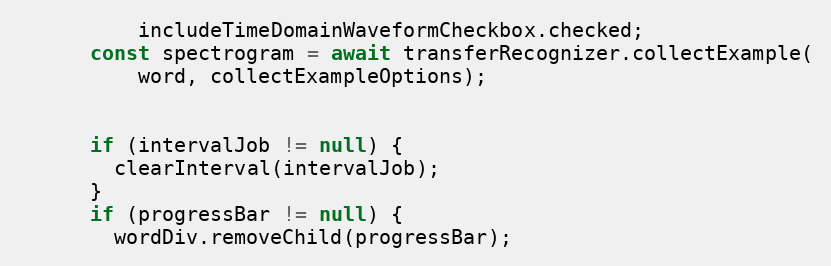
Language: JavaScript
          includeTimeDomainWaveformCheckbox.checked;
      const spectrogram = await transferRecognizer.collectExample(
          word, collectExampleOptions);

      if (intervalJob != null) {
        clearInterval(intervalJob);
      }
      if (progressBar != null) {
        wordDiv.removeChild(progressBar);